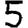
Digit: 5